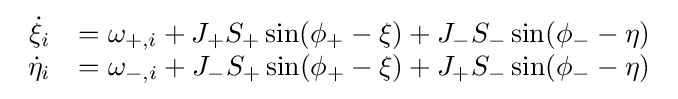
{\begin{array}{rcl}{\dot {\xi }}_{i}&=\omega _{+,i}+J_{+}S_{+}\sin(\phi _{+}-\xi )+J_{-}S_{-}\sin(\phi _{-}-\eta )\\{\dot {\eta }}_{i}&=\omega _{-,i}+J_{-}S_{+}\sin(\phi _{+}-\xi )+J_{+}S_{-}\sin(\phi _{-}-\eta )\end{array}}